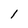
Character: 1